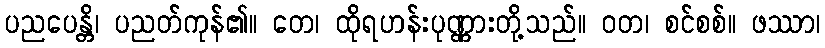
ပညပေန္တိ၊ ပညတ်ကုန်၏။ တေ၊ ထိုရဟန်းပုဏ္ဏားတို့သည်။ ဝတ၊ စင်စစ်။ ဖဿာ၊